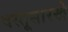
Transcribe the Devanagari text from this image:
वस्तूसारखे